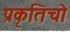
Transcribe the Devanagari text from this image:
प्रकृतिचो